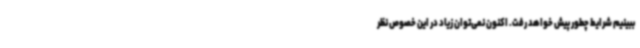
ببینیم شرایط چطور پیش خواهد رفت. اکنون نمی‌توان زیاد در این خصوص نظر